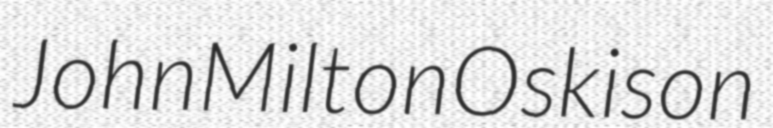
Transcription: John Milton Oskison